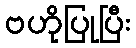
ဗဟိုပြုပြီး